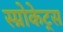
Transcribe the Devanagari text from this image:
स्प्रोकेट्स